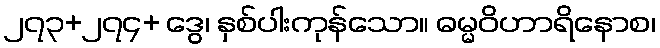
၂၇၃+၂၇၄+ ဒွေ၊ နှစ်ပါးကုန်သော။ ဓမ္မဝိဟာရိနောစ၊